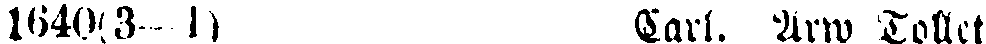
1640(3–1) Carl. Arw Tollet